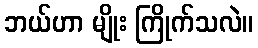
ဘယ်ဟာ မျိုး ကြိုက်သလဲ။